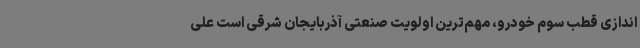
اندازی قطب سوم خودرو، مهم‌ترین اولویت صنعتی آذربایجان شرقی است علی